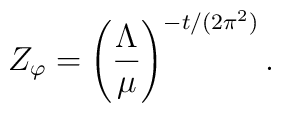
Z_\varphi=\left(\frac{\Lambda}{\mu}\right)^{-t/(2\pi^2)}.